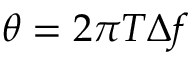
\theta = 2 \pi T \Delta f